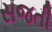
સજતી